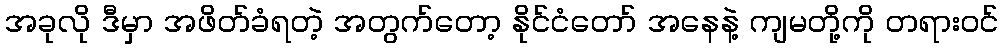
အခုလို ဒီမှာ အဖိတ်ခံရတဲ့ အတွက်တော့ နိုင်ငံတော် အနေနဲ့ ကျမတို့ကို တရားဝင်